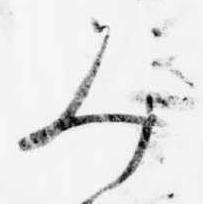
み